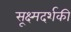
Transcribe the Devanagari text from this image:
सूक्ष्मदर्शकी